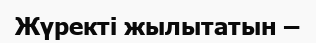
Жүректі жылытатын –